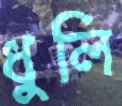
ধুলি